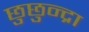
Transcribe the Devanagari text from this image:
छुछुन्द्रा